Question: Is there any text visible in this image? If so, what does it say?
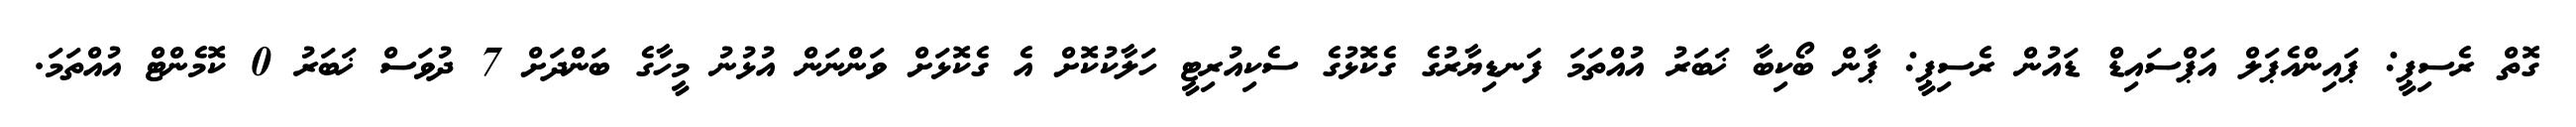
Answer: ގޮތް ރެސިޕީ: ޕައިންއެޕަލް އަޕްސައިޑް ޑައުން ރެސިޕީ: ޕާން ބޯކިބާ ޚަބަރު އުއްތަމަ ފަނޑިޔާރުގެ ގެކޮޅުގެ ސެކިއުރިޓީ ހަލާކުކޮށް އެ ގެކޮޅަށް ވަންނަން އުޅުނު މީހާގެ ބަންދަށް 7 ދުވަސް ޚަބަރު 0 ކޮމެންޓް އުއްތަމަ.